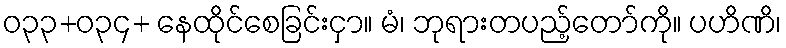
ဝ၃၃+ဝ၃၄+ နေထိုင်စေခြင်းငှာ။ မံ၊ ဘုရားတပည့်တော်ကို။ ပဟိဏိ၊